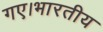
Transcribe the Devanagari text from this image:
गए।भारतीय